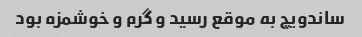
ساندویچ به موقع رسید و گرم و خوشمزه بود